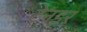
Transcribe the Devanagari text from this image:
टेनडर